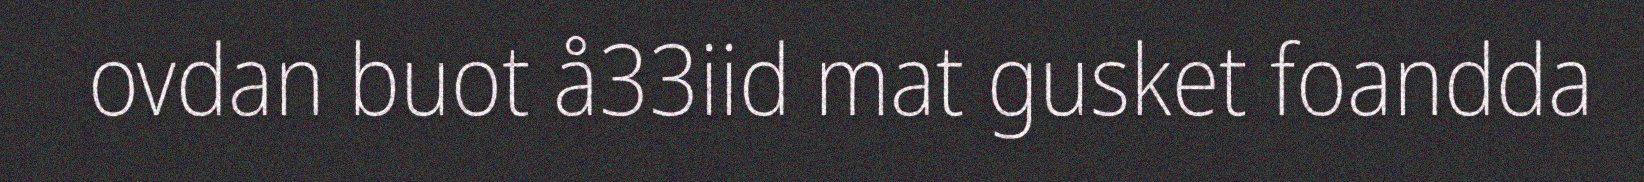
ovdan buot å33iid mat gusket foandda